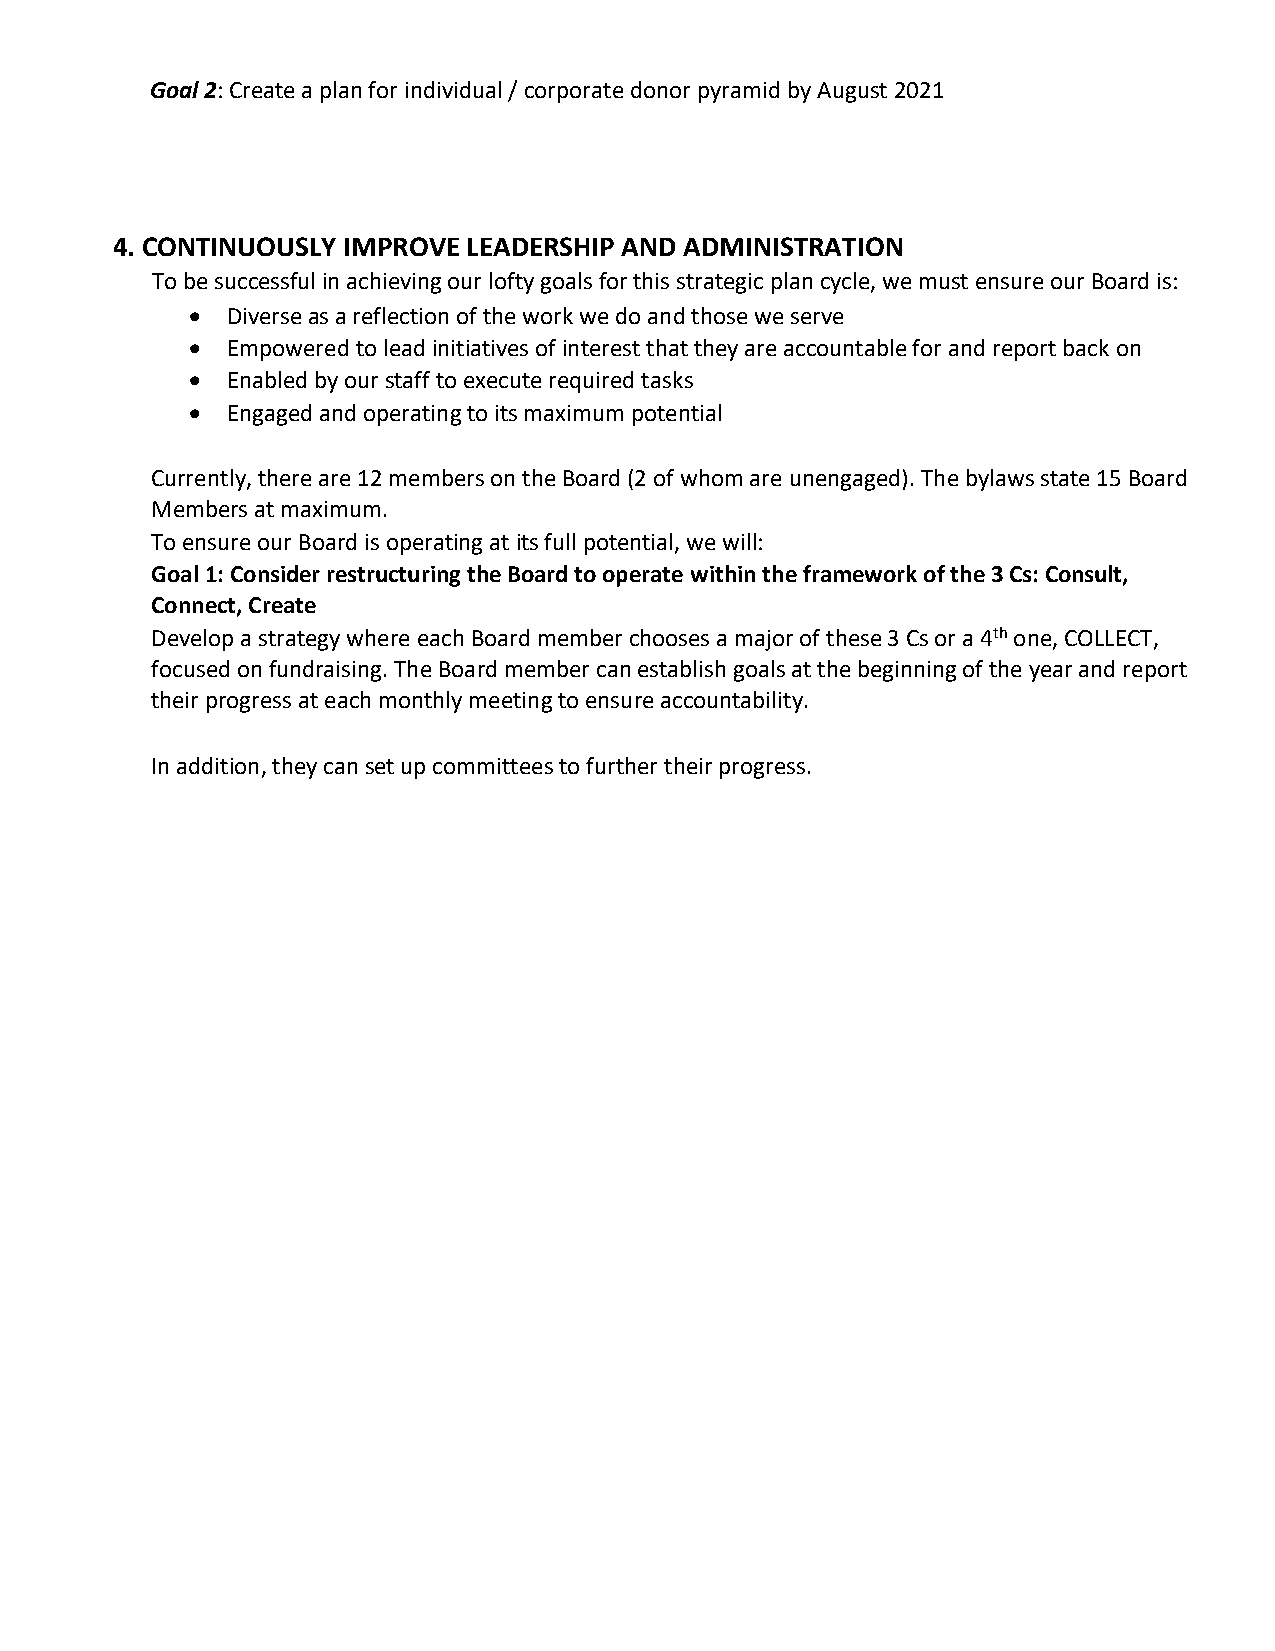
Goal 2: Create a plan for individual / corporate donor pyramid by August 2021
 4. CONTINUOUSLY IMPROVE LEADERSHIP AND ADMINISTRATION
 To be successful in achieving our lofty goals for this strategic plan cycle, we must ensure our Board is:
 • Diverse as a reflection of the work we do and those we serve
 • Empowered to lead initiatives of interest that they are accountable for and report back on
 • Enabled by our staff to execute required tasks
 • Engaged and operating to its maximum potential
 Currently, there are 12 members on the Board (2 of whom are unengaged). The bylaws state 15 Board
 Members at maximum.
 To ensure our Board is operating at its full potential, we will:
 Goal 1: Consider restructuring the Board to operate within the framework of the 3 Cs: Consult,
 Connect, Create
 Develop a strategy where each Board member chooses a major of these 3 Cs or a 4th one, COLLECT,
 focused on fundraising. The Board member can establish goals at the beginning of the year and report
 their progress at each monthly meeting to ensure accountability.
 In addition, they can set up committees to further their progress.